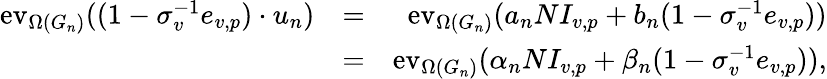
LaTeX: \begin{array}{rlr}{\mathrm{ev}_{\Omega(G_{n})}((1-\sigma_{v}^{-1}e_{v,p})\cdot u_{n})}&{=}&{\mathrm{ev}_{\Omega(G_{n})}(a_{n}NI_{v,p}+b_{n}(1-\sigma_{v}^{-1}e_{v,p}))}\\ &{=}&{\mathrm{ev}_{\Omega(G_{n})}(\alpha_{n}NI_{v,p}+\beta_{n}(1-\sigma_{v}^{-1}e_{v,p})),}\end{array}